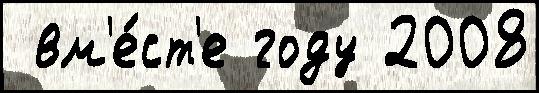
 вм'е́ст'е году 2008